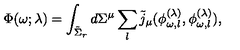
\Phi ( \omega ; \lambda ) = \int _ { \tilde { \Sigma } _ { r } } d \Sigma ^ { \mu } \sum _ { l } \tilde { j } _ { \mu } ( \phi _ { \omega , l } ^ { ( \lambda ) } , \phi _ { \omega , l } ^ { ( \lambda ) } ) ,